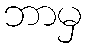
ဘာမှ